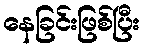
နေခြင်းဖြစ်ပြီး